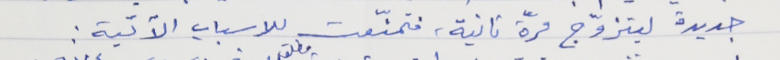
جديدة ليتزوّج مرة ثانية، فتمنّعت للاسباب الآتية :